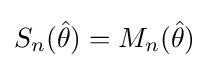
S_{n}({\hat {\theta }})=M_{n}({\hat {\theta }})